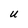
Character: U